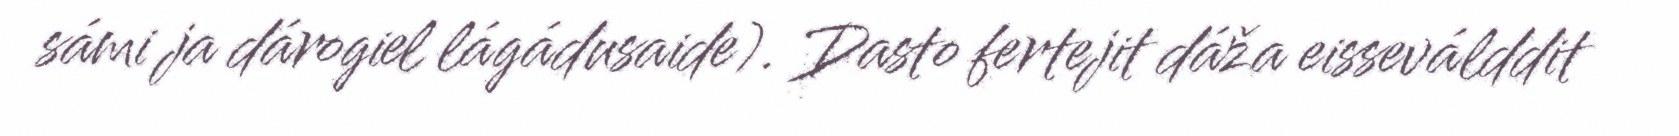
sámi ja dárogiel lágádusaide). Dasto fertejit dáža eisseválddit